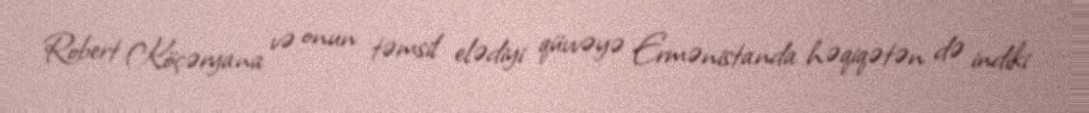
Robert Köçəryana və onun təmsil elədiyi qüvvəyə Ermənistanda həqiqətən də indiki